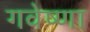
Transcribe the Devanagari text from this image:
गवेष्णा